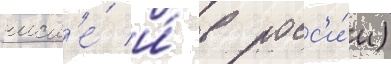
числ'е́ и́ в росс'и́и)